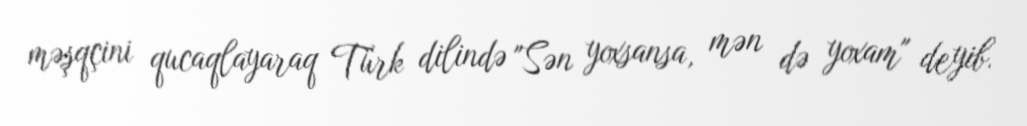
məşqçini qucaqlayaraq Türk dilində "Sən yoxsansa, mən də yoxam" deyib.